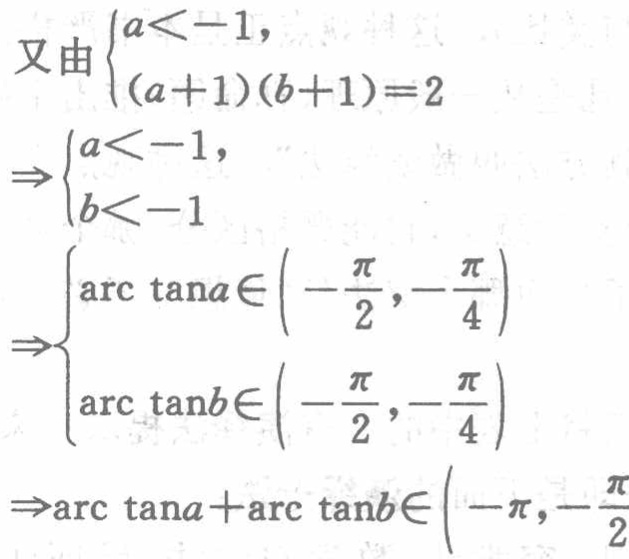
\[

\begin{align*}

&又由\begin{cases}

a < -1,\\

(a + 1)(b + 1)=2

\end{cases}\\

\Rightarrow&\begin{cases}

a < -1,\\

b < -1

\end{cases}\\

\Rightarrow&\begin{cases}

\arctan a\in\left(-\frac{\pi}{2},-\frac{\pi}{4}\right)\\

\arctan b\in\left(-\frac{\pi}{2},-\frac{\pi}{4}\right)

\end{cases}\\

\Rightarrow&\arctan a+\arctan b\in\left(-\pi,-\frac{\pi}{2}\right)

\end{align*}

\]